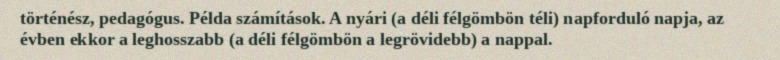
történész, pedagógus. Példa számítások. A nyári (a déli félgömbön téli) napforduló napja, az évben ekkor a leghosszabb (a déli félgömbön a legrövidebb) a nappal.